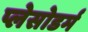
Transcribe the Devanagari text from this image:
प्लेसोडर्म